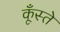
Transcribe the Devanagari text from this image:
कूँस्ते